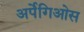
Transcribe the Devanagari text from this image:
अर्पेगिओस